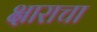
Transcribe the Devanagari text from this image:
क्षाराचा